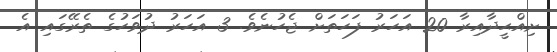
ށިއްޙީދާއިރާ 20 އަހަރު ފަހަތަށް ޖެހުނެވެ. 3 އަހަރު ދުވަހުގެ ތެރޭގައި އެ